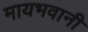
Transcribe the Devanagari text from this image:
मायभवानी